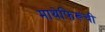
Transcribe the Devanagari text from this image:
माथेफिरूंची